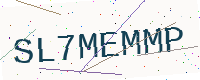
Text: SL7MEMMP